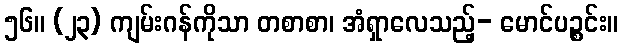
၅၆။ (၂၃) ကျမ်းဂန်ကိုသာ တစာစာ၊ အံရှာလေသည့်- မောင်ပဉ္စင်း။